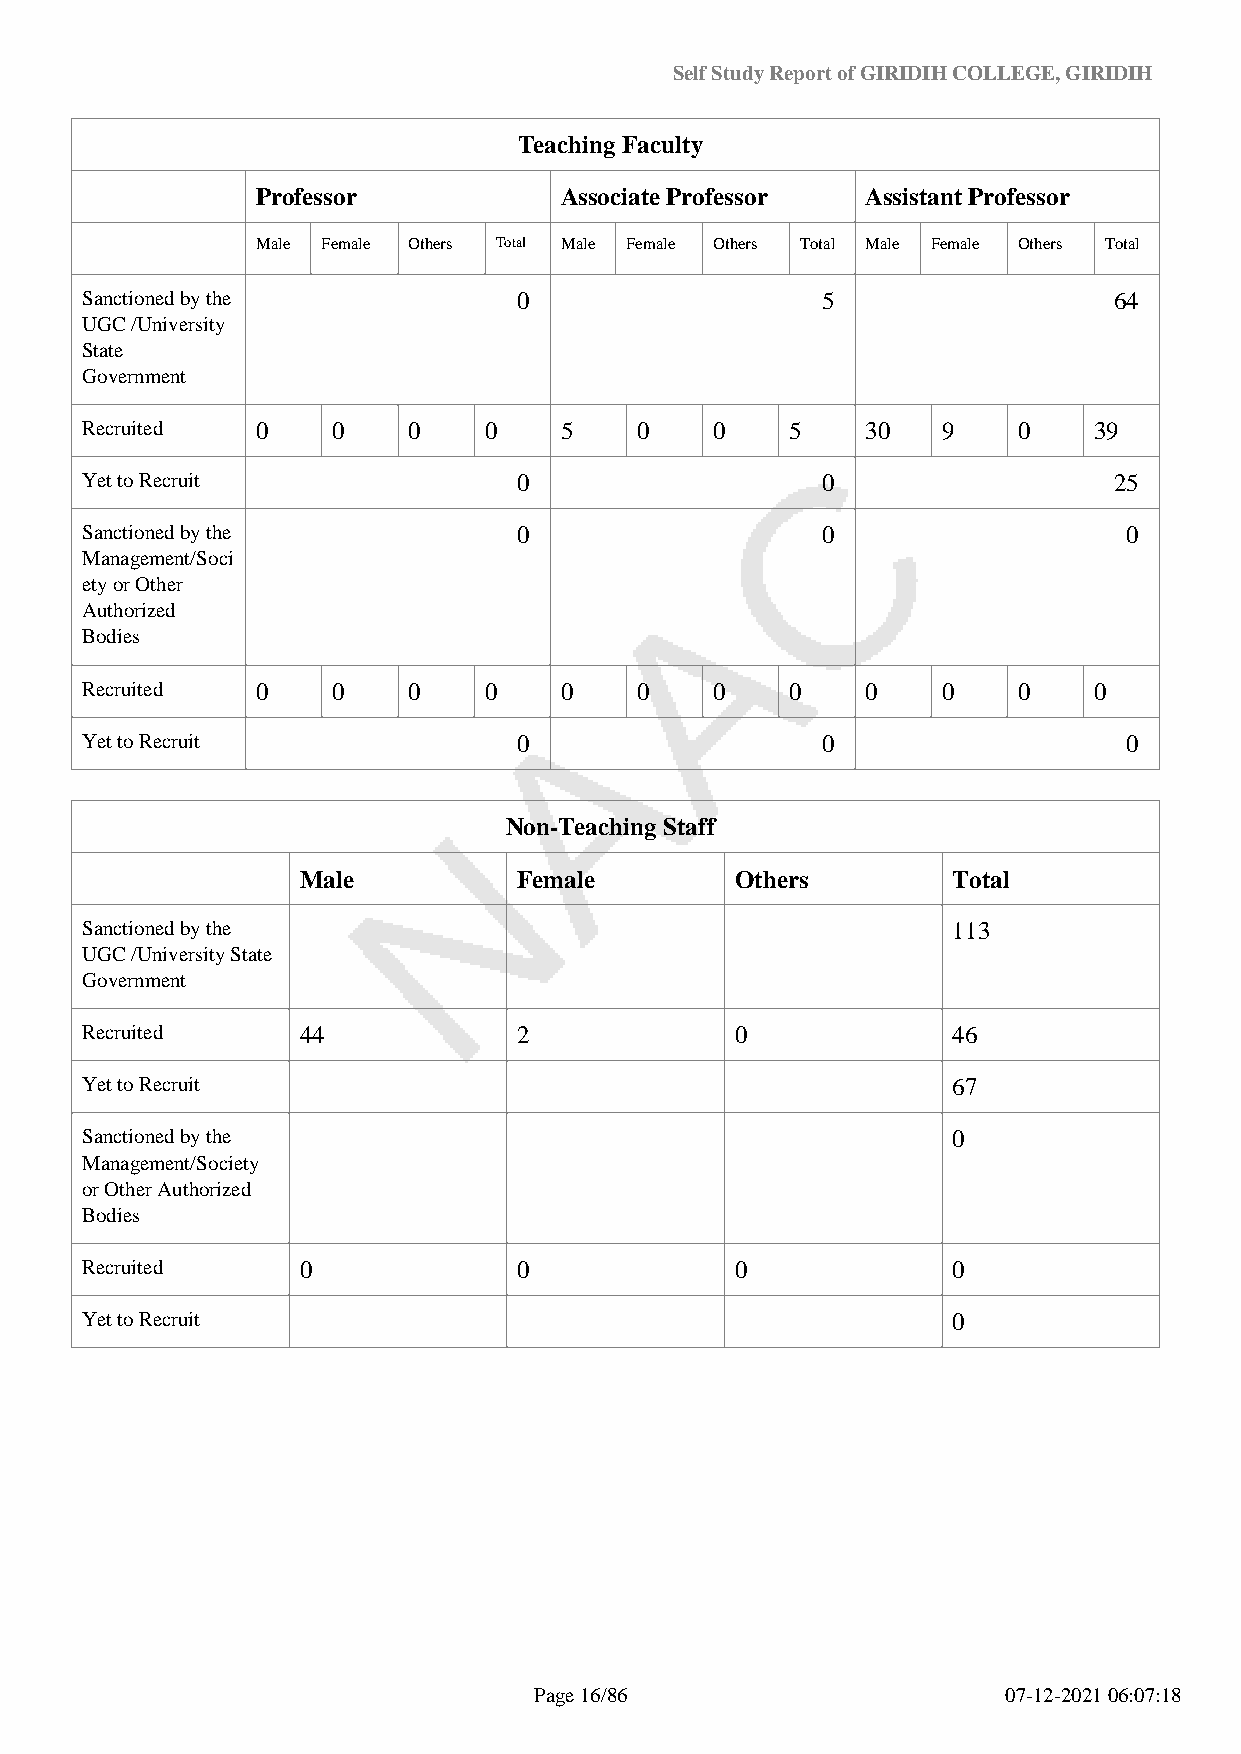
Self Study Report of GIRIDIH COLLEGE, GIRIDIH
 Teaching Faculty
 Professor           Associate Professor Assistant Professor
 Male Female Others Total Male Female Others Total Male Female Others Total
 Sanctioned by the            0                   5                   64
 UGC /University
 State
 Government
 Recruited   0    0    0    0    5    0    0    5    30   9    0    39
 Yet to Recruit               0                   0                   25
 Sanctioned by the            0                   0                    0
 Management/Soci
 ety or Other
 Authorized
 Bodies
 Recruited   0    0    0    0    0    0    0    0    0    0    0    0
 Yet to Recruit               0                   0                    0
 Non-Teaching Staff
 Male          Female         Others        Total
 Sanctioned by the                                         113
 UGC /University State
 Government
 Recruited      44            2              0             46
 Yet to Recruit                                            67
 Sanctioned by the                                         0
 Management/Society
 or Other Authorized
 Bodies
 Recruited      0             0              0             0
 Yet to Recruit                                            0
 Page 16/86                      07-12-2021 06:07:18